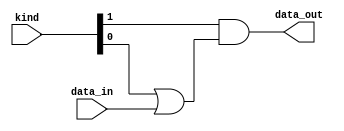
`timescale 1ns / 1ps
//////////////////////////////////////////////////////////////////////////////////
// Company: 
// Engineer: 
// 
// Design Name: 
// Module Name:    Condition 
// Project Name: 
// Target Devices: 
// Tool versions: 
// Description: 
//
// Dependencies: 
//
// Revision: 
// Revision 0.01 - File Created
// Additional Comments: 
//
//////////////////////////////////////////////////////////////////////////////////
module Condition(
    output data_out,
	 input [1 : 0] kind,
    input data_in
    );

	assign data_out = kind[1]&(kind[0]|data_in);

endmodule